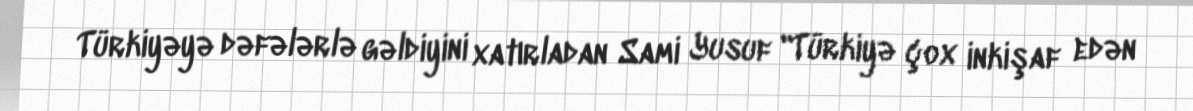
Türkiyəyə dəfələrlə gəldiyini xatırladan Sami Yusuf "Türkiyə çox inkişaf edən